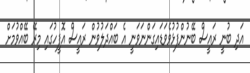
އަދި ބުނީ ރައީސް ބޭނުންފުޅުވެވަޑައިގަންނަވަނީ އެ ބައްދަލުވުން ރައީސް އޮފީހުގައި މިރޭ ބޭއްވުމަށް